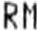
RM